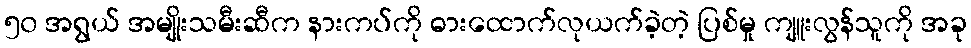
၅၀ အရွယ် အမျိုးသမီးဆီက နားကပ်ကို ဓားထောက်လုယက်ခဲ့တဲ့ ပြစ်မှု ကျူးလွန်သူကို အခု